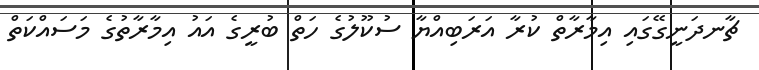
ޗާނދަނީގޭގައި އިމާރާތް ކުރާ އަރަބިއްޔާ ސުކޫލުގެ ހަތް ބުރީގެ އައު އިމާރާތުގެ މަސައްކަތް